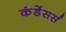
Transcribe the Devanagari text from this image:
कंडेंसर्स